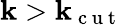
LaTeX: \mathbf{k}>\mathbf{k}_{\mathrm{{~c~u~t~}}}